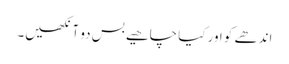
اندھے کو اور کیا چاھیے بس دو آنکھیں۔